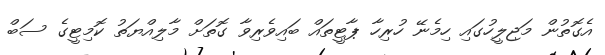
އެގޮތުން މަޖިލީހުގައި ހިމެނޭ ހުރިހާ ޕާޓީތައް ބައިވެރިވާ ގޮތަށް މާލިއްޔަތު ކޮމިޓީގެ ސަބް